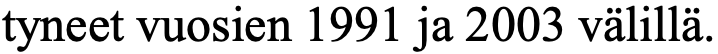
tyneet vuosien 1991 ja 2003 välillä.